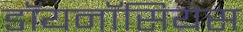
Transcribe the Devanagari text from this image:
डॉयनॉसियस